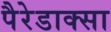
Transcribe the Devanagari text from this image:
पैरेडाक्सा